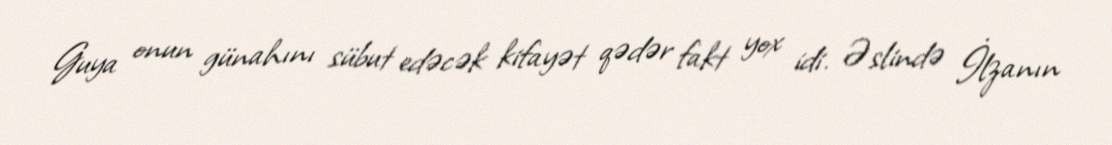
Guya onun günahını sübut edəcək kifayət qədər fakt yox idi. Əslində İlzanın